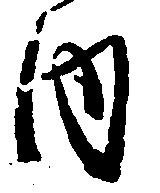
内